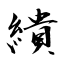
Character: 繢